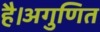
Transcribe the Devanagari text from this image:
है।अगुणित